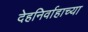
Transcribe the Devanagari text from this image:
देहनिर्वाहाच्या